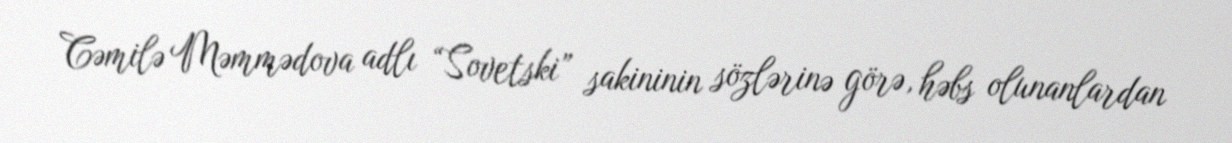
Cəmilə Məmmədova adlı “Sovetski” sakininin sözlərinə görə, həbs olunanlardan